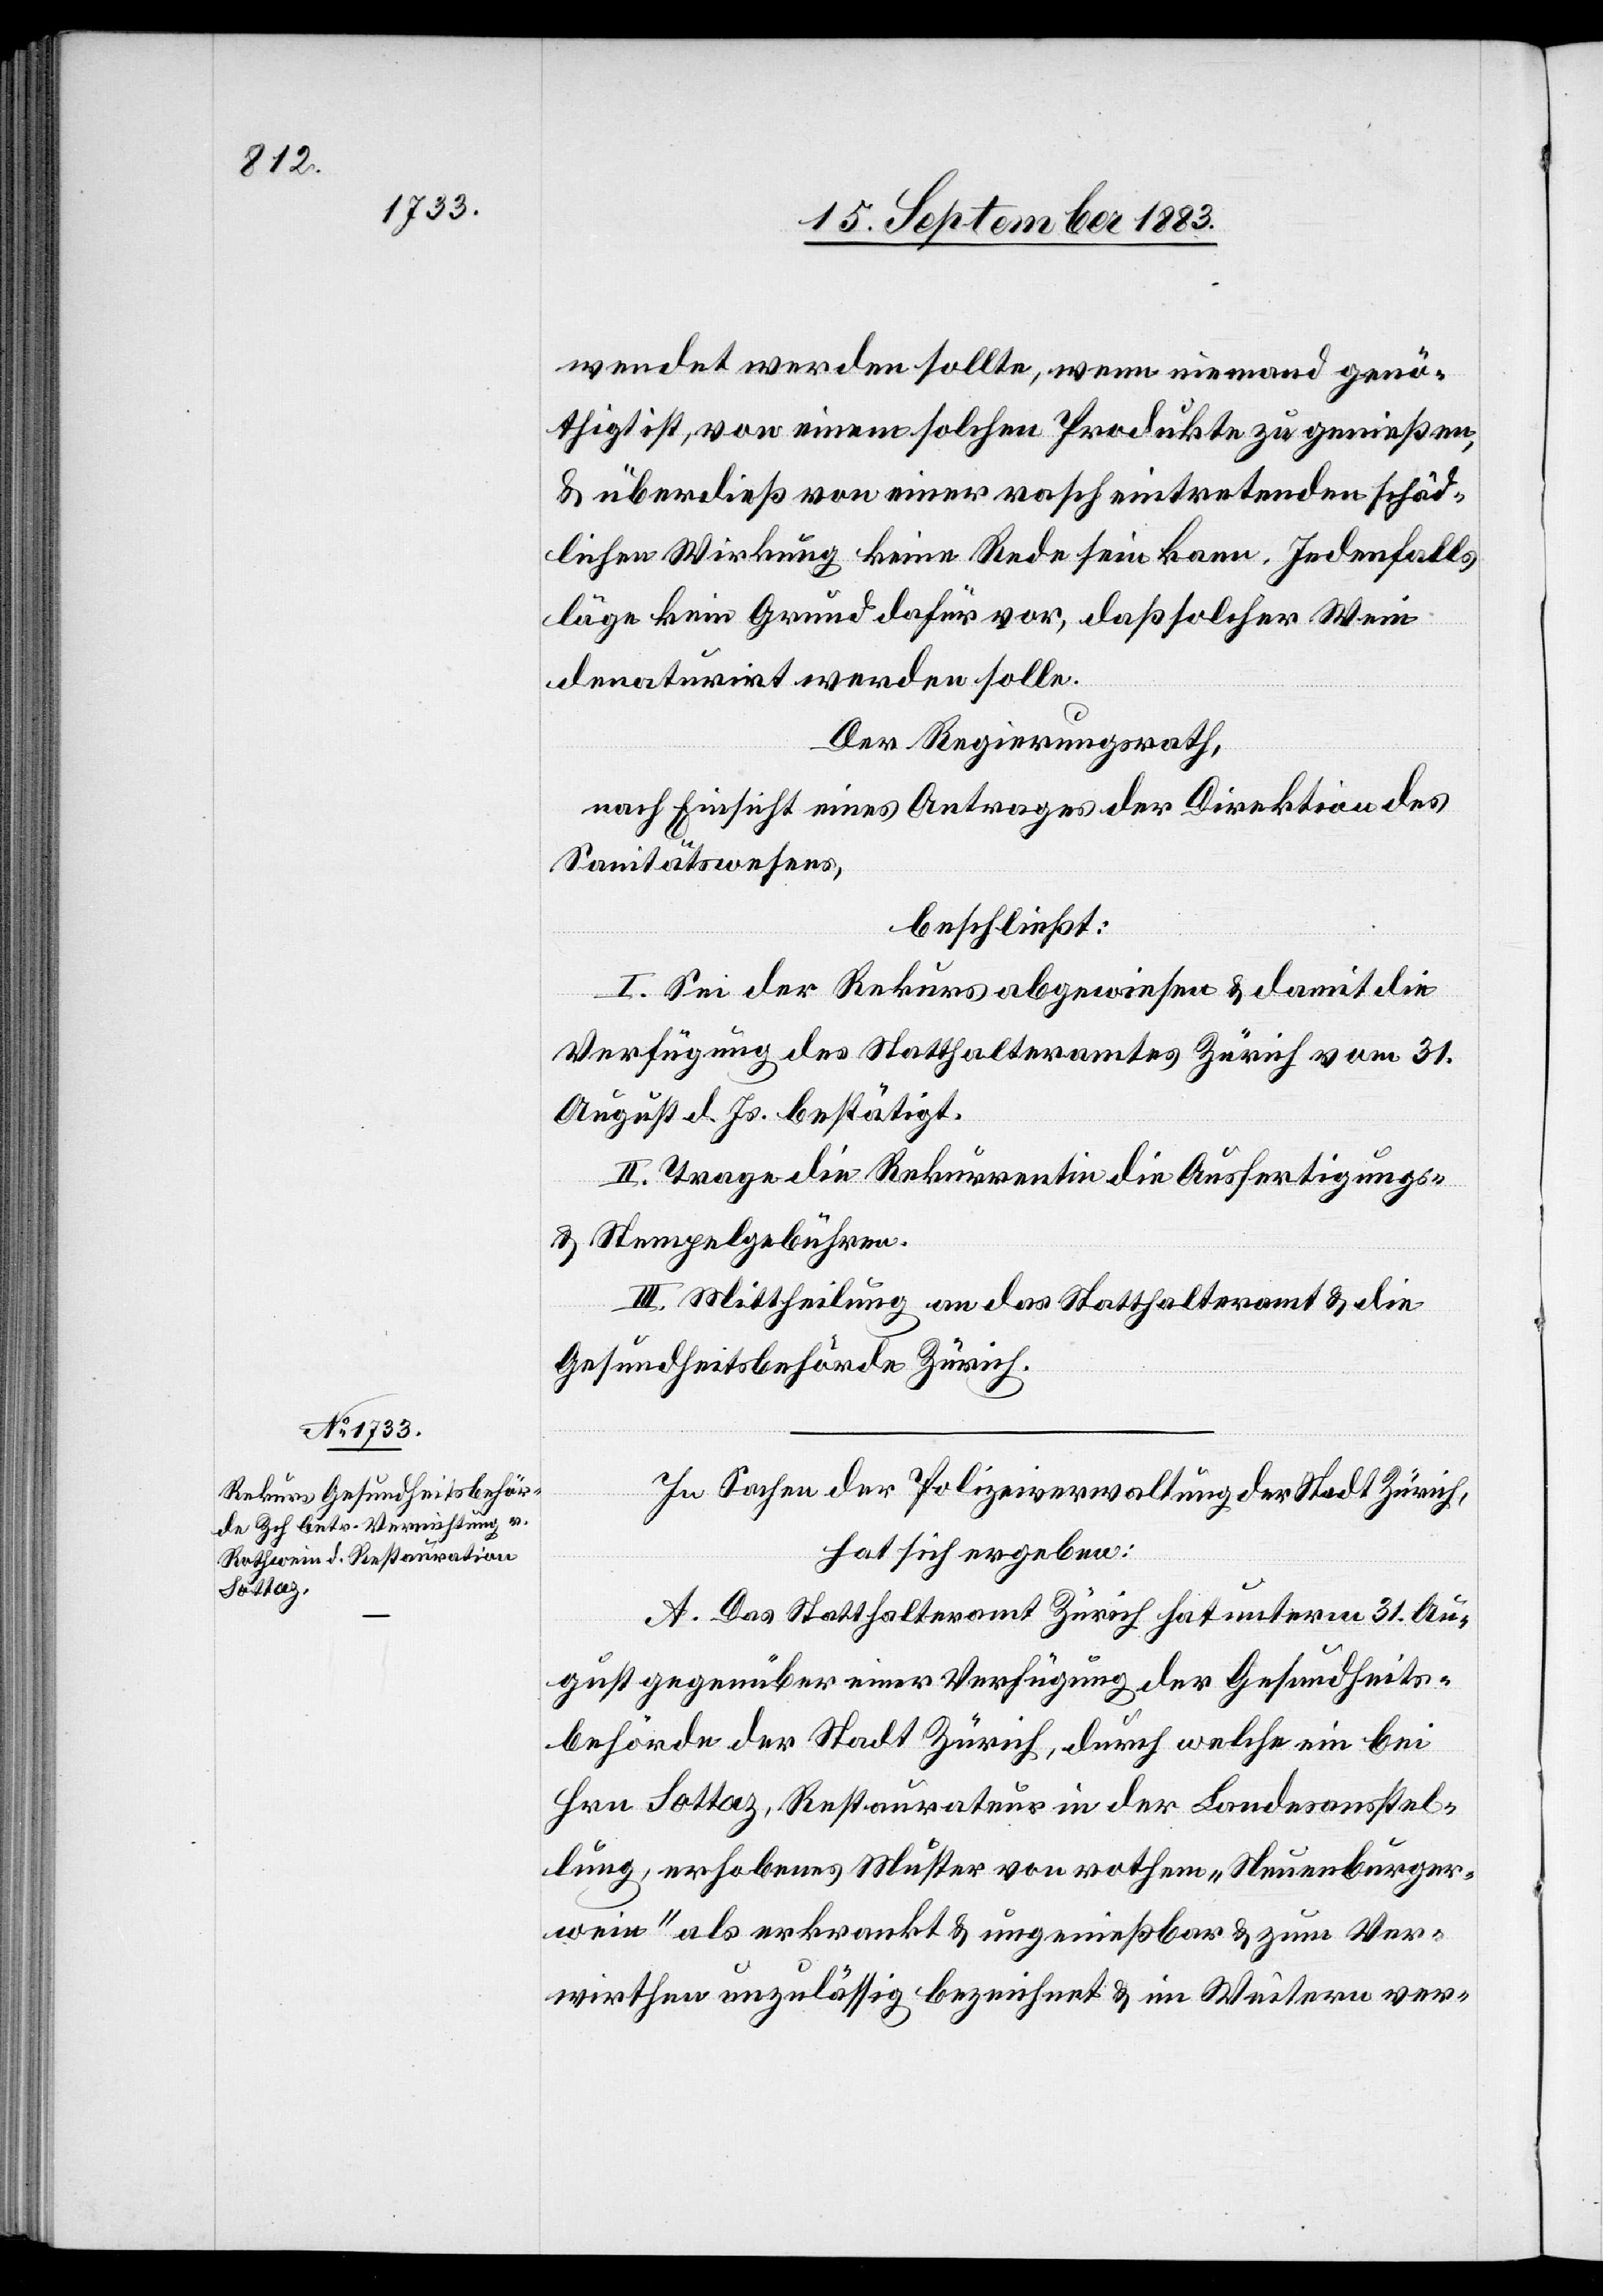
wendet werden sollte, wenn niemand genö¬
thigt ist, von einem solchen Produkte zu genießen,
& überdieß von einer rasch eintretenden schäd¬
lichen Wirkung keine Rede sein kann. Jedenfalls
läge kein Grund dafür vor, daß solcher Wein
denaturirt werden solle.
Der Regierungsrath,
nach Einsicht eines Antrages der Direktion des
Sanitätswesens,
beschließt:
I. Sei der Rekurs abgewiesen & damit die
Verfügung des Statthalteramtes Zürich vom 31.
August d. Js. bestätigt.
II. Trage die Rekurrentin die Ausfertigungs-
& Stempelgebühren.
III. Mittheilung an das Statthalteramt & die
Gesundheitsbehörde Zürich.
In Sachen der Polizeiverwaltung der Stadt Zürich,
hat sich ergeben:
A. Das Statthalteramt Zürich hat unterm 31. Au¬
gust gegenüber einer Verfügung der Gesundheits¬
behörde der Stadt Zürich, durch welche ein bei
Hrn. Sottaz, Restaurateur in der Landesausstel¬
lung, erhobenes Muster von rothem „Neuenburger¬
wein“ als erkrankt & ungenießbar & zum Ver¬
wirthen unzulässig bezeichnet & im Weitern ver-